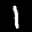
Label: 1